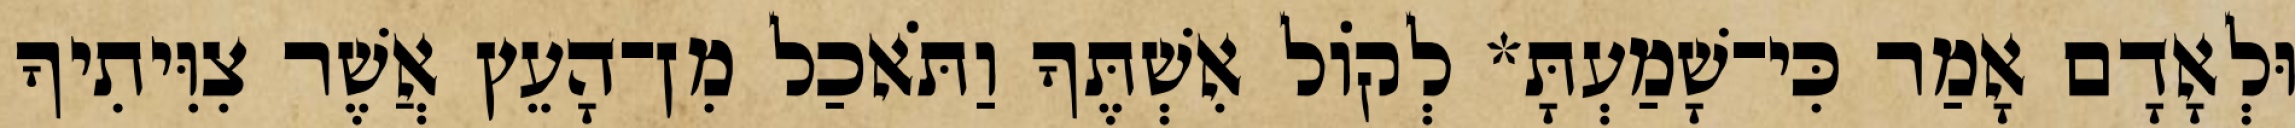
וּלְאָדָם אָמַר כִּי־שָׁמַעְתָּ* לְקֹול אִשְׁתֶּךָ וַתֹּאכַל מִן־הָעֵץ אֲשֶׁר צִוִּיתִיךָ